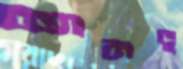
আনডু